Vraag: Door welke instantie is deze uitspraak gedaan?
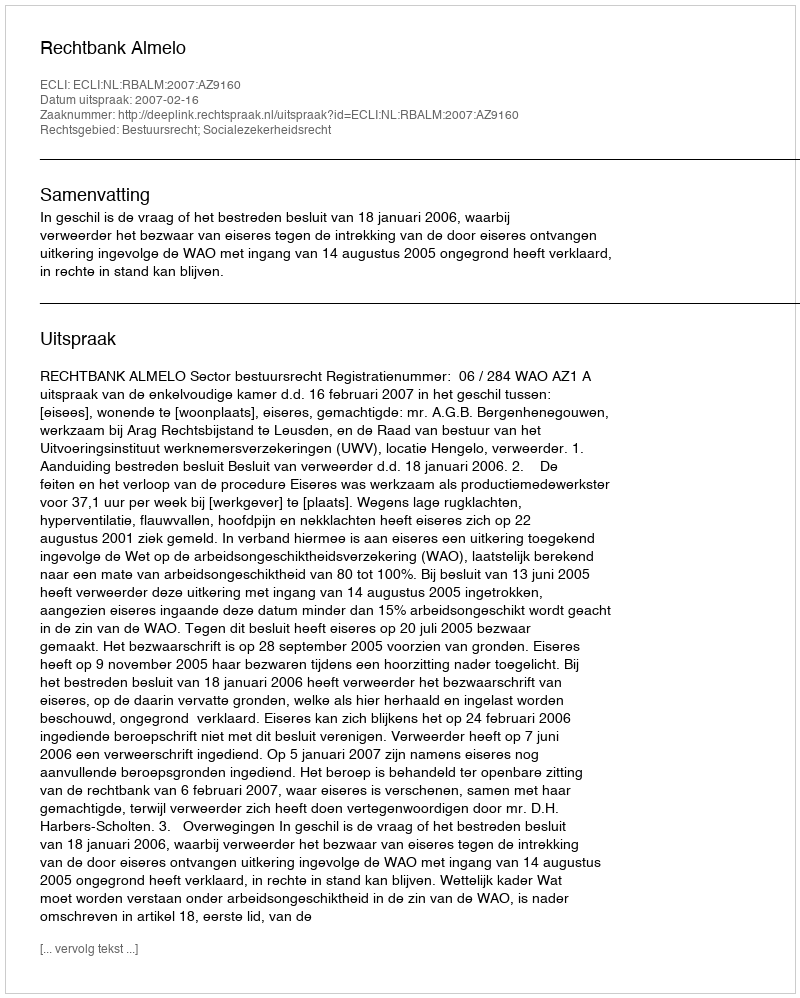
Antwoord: Rechtbank Almelo